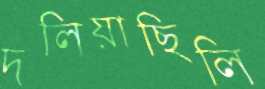
দলিয়াছিলি